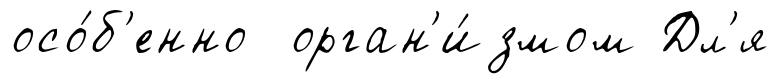
осо́б'енно орган'и́змом Дл'я